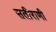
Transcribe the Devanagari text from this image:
सतीराणी